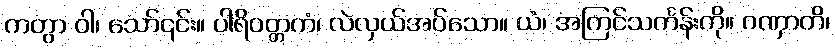
ကတွာ ဝါ၊ သော်၎င်း။ ပါရိဝတ္တကံ၊ လဲလှယ်အပ်သော။ ယံ၊ အကြင်သင်္ကန်းကို။ ဂဏှာတိ၊